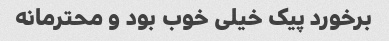
برخورد پیک خیلی خوب بود و محترمانه